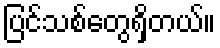
ပြင်သစ်တွေရှိတယ်။